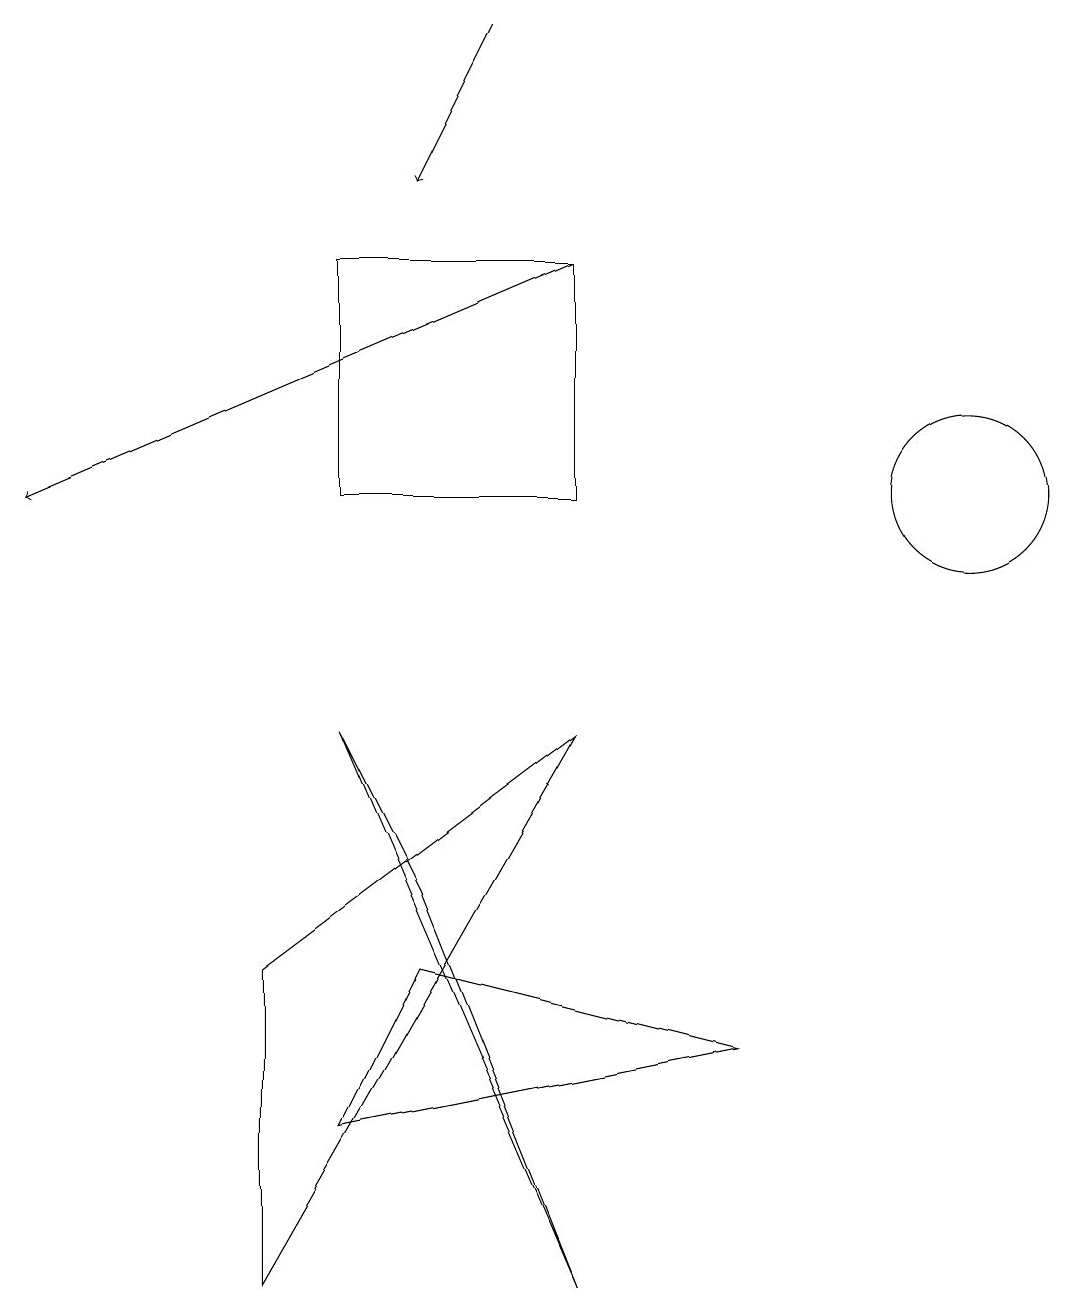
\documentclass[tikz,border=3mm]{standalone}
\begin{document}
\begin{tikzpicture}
\draw (12,10) circle (1);
\draw (7,7) -- (3,0) -- (3,4) -- cycle;
\draw (4,7) -- (7,0) -- (5,5) -- cycle;
\draw (4,2) -- (9,3) -- (5,4) -- cycle;
\draw[->] (7,13) -- (0,10);
\draw[->] (6,16) -- (5,14);
\draw (7,13) rectangle (4,10);
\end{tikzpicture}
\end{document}